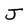
Character: J